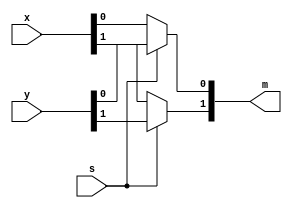
`timescale 1ns / 1ps
//////////////////////////////////////////////////////////////////////////////////
// Company: 
// Engineer: 
// 
// Design Name: 
// Module Name: lab122
// Project Name: 
// Target Devices: 
// Tool Versions: 
// Description: 
// 
// Dependencies: 
// 
// Revision:
// Revision 0.01 - File Created
// Additional Comments:
// 
//////////////////////////////////////////////////////////////////////////////////


module lab122(
    input [1:0] x,
    input [1:0] y,
    input s,
    output [1:0] m
    );
    
    assign m[0]= (s)?y[0]:x[0];
    assign m[1]= (s)?y[1]:x[1];
    
endmodule